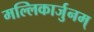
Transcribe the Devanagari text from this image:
मल्लिकार्जुनम्